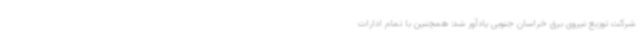
شرکت توزیع نیروی برق خراسان جنوبی یادآور شد: همچنین با تمام ادارات